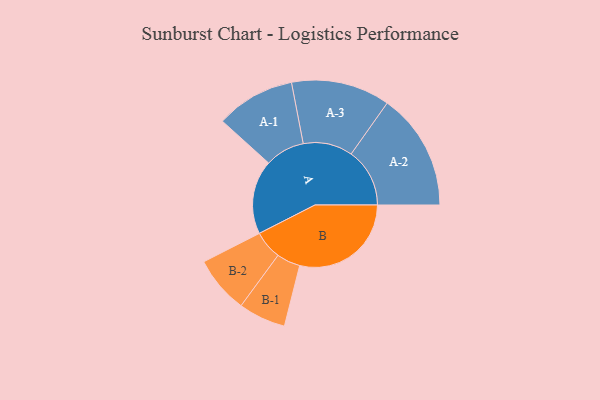
{"axis": {"x": "Segment", "y": "Value"}, "legend": ["", "A", "B"], "data": [{"x": "A", "y": 316, "type": ""}, {"x": "B", "y": 476, "type": ""}, {"x": "A-1", "y": 169, "type": "A"}, {"x": "A-2", "y": 250, "type": "A"}, {"x": "A-3", "y": 211, "type": "A"}, {"x": "B-1", "y": 101, "type": "B"}, {"x": "B-2", "y": 122, "type": "B"}]}